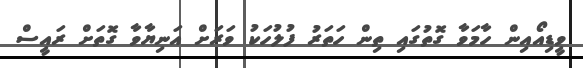
ވީޑިއޯއިން ހާމަވާ ގޮތުގައި ތިން ހަތަރު ފުލުހަކު ވަރަށް އަނިޔާވާ ގޮތަށް ރައީސް